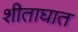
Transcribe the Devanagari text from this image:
शीताघात